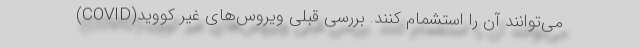
می‌توانند آن را استشمام کنند. بررسی قبلی ویروس‌های غیر کووید(COVID)